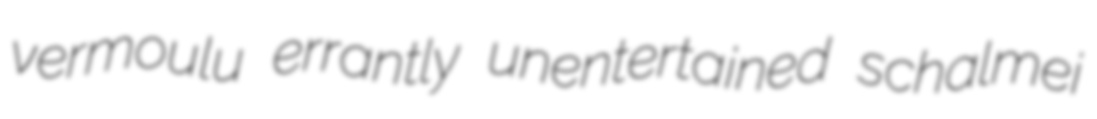
vermoulu errantly unentertained schalmei